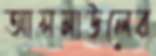
আসমাউলের